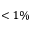
< 1 \%